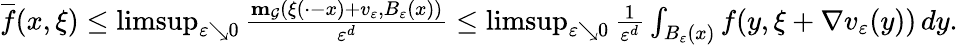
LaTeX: \begin{array}{r}{\overline{{f}}(x,\xi)\leq\operatorname*{limsup}_{\varepsilon\searrow 0}\frac{\mathbf{m}_{\mathcal{G}}(\xi(\cdot-x)+v_{\varepsilon},B_{\varepsilon}(x))}{\varepsilon^{d}}\leq\operatorname*{limsup}_{\varepsilon\searrow 0}\frac{1}{\varepsilon^{d}}\int_{B_{\varepsilon}(x)}f(y,\xi+\nabla v_{\varepsilon}(y))\, dy.}\end{array}